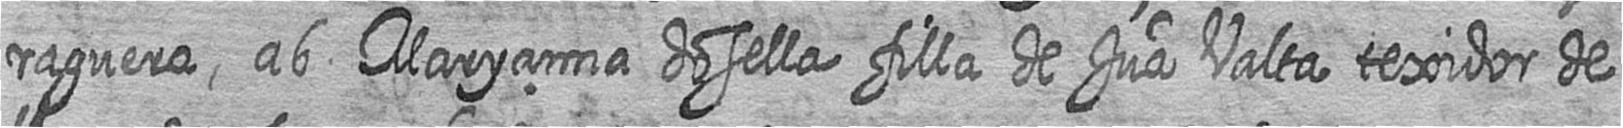
raguera ab Maryanna dosella filla de Jua Valta texidor de